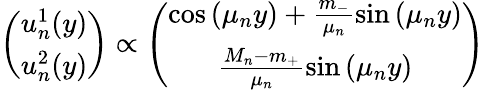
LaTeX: \left(\begin{array}{c}{{u_{n}^{1}(y)}}\\ {{u_{n}^{2}(y)}}\end{array}\right)\propto\left(\begin{array}{c}{{\cos\left(\mu_{n}y\right)+\frac{m_{-}}{\mu_{n}}\sin\left(\mu_{n}y\right)}}\\ {{\frac{M_{n}-m_{+}}{\mu_{n}}\sin\left(\mu_{n}y\right)}}\end{array}\right)